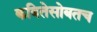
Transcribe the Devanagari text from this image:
कवितेसोबतच